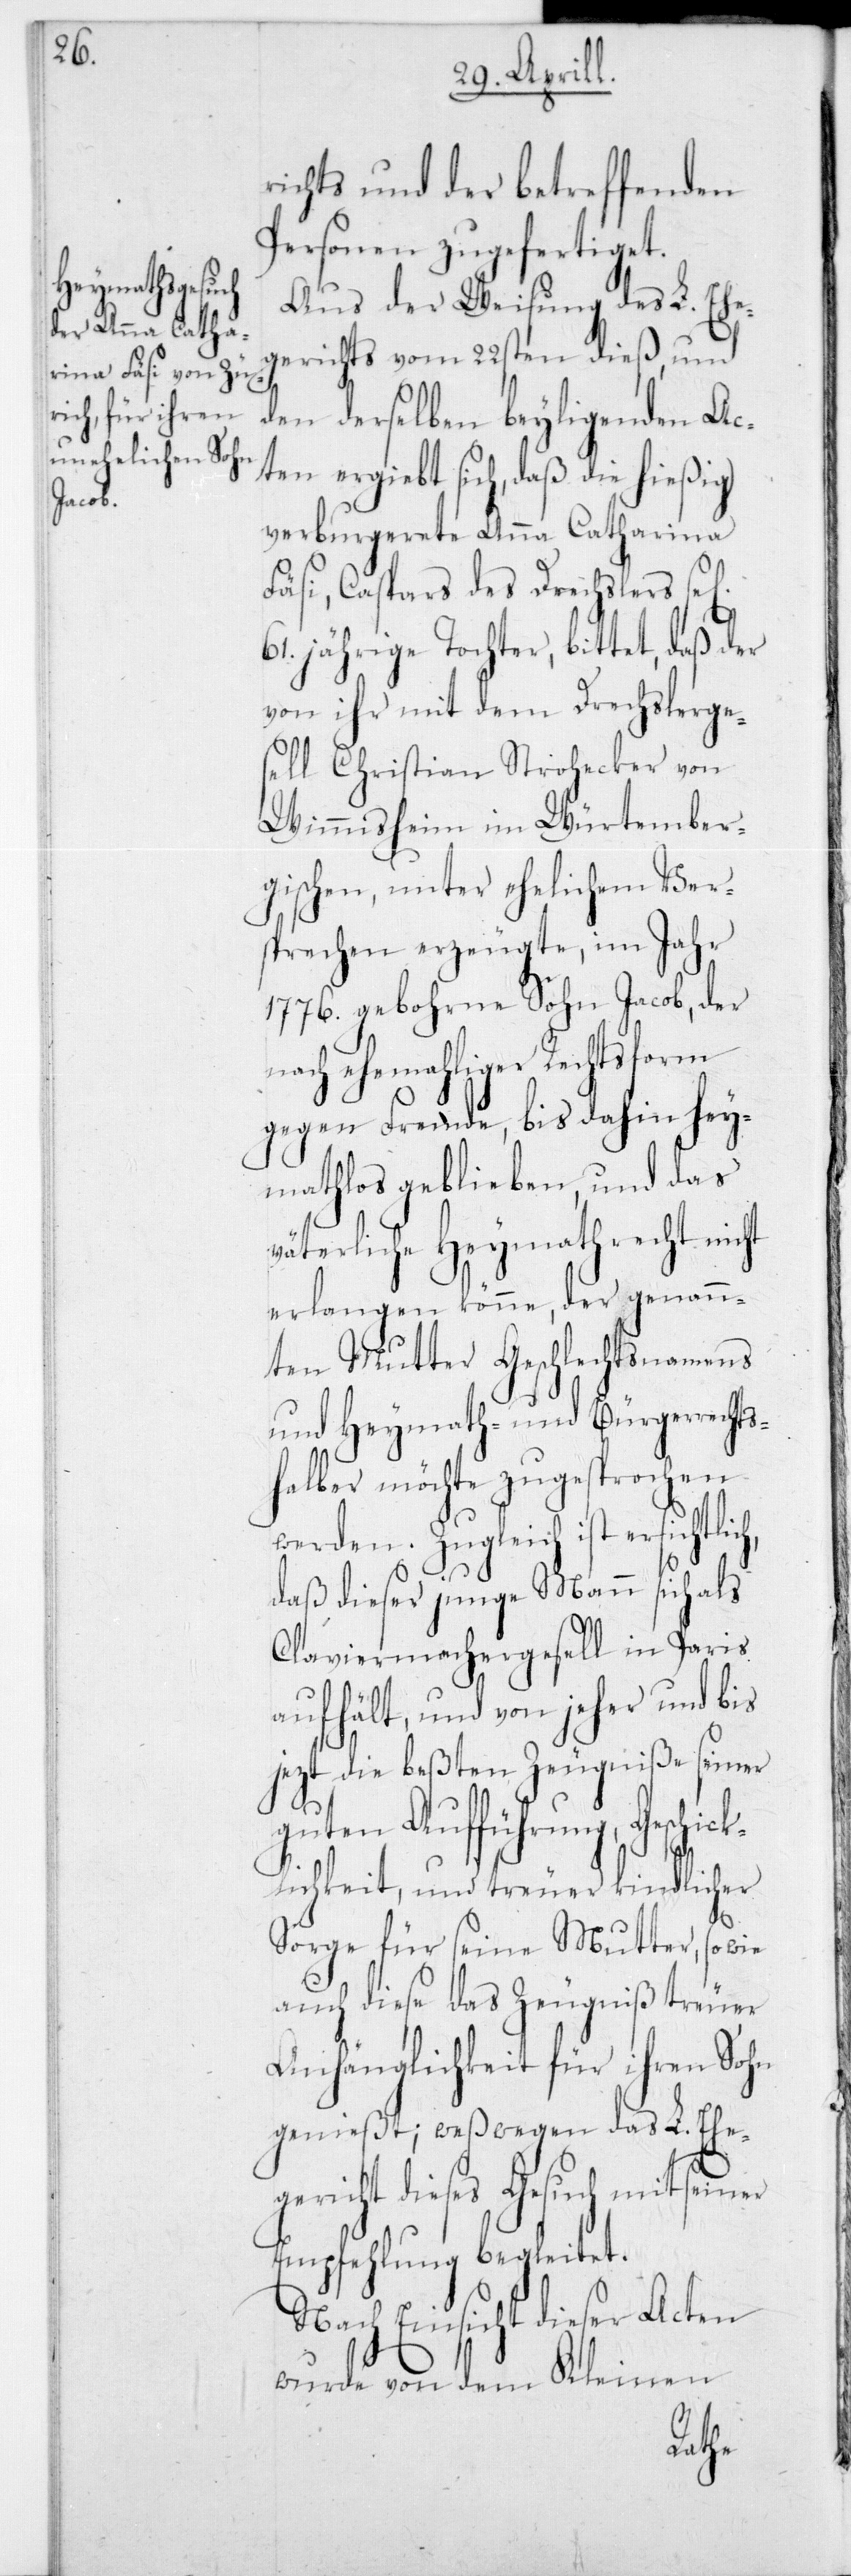
richts und der betreffenden
Personen zugefertiget.
Aus der Weisung des L. Ehe¬
gerichts vom 22sten dieß, und
den derselben beyliegenden Ac¬
ten ergibt sich, daß die hießig
verburgerete Anna Catharina
Fäsi, Caspars des Drechslers sel.
61 jährige Tochter, bittet, daß der
von ihr mit dem Drechslerge¬
sell Christian Strohecker von
Wimmisheim im Würtember¬
gischen, unter ehelichem Ver¬
sprechen erzeugte, im Jahr
1776 gebohrne Sohn Jacob, der
nach ehemaliger Rechtsform
gegen Fremde, bis dahin hey¬
mathlos geblieben, und das
väterliche Heymathrecht nicht
verlangen könne, der genann¬
ten Mutter Geschlechtsnamens
und Heymath- und Bürgerrechts¬
halber möchte zugesprochen
werden. Zugleich ist ersichtlic¬
daß dieser junge Mann sich als
Claviermachergesell in Paris
aufhält, und von jeher und bis
jezt die beßten Zeugniße seiner
guten Aufführung, Geschic¬
klichkeit und treuer kindlicher
h,
Sorge für seine Mutter, sowie
auch diese das Zeugniß treuer
Anhänglichkeit für ihren Sohn
genießt; weßwegen das L. Ehe¬
gericht dieses Gesuch mit seiner
Empfehlung begleitet.
Nach Einsicht dieser Acten
wurde von dem Kleinen